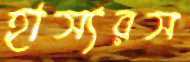
হাস্যরস